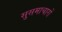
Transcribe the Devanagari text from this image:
सुसमाचारों